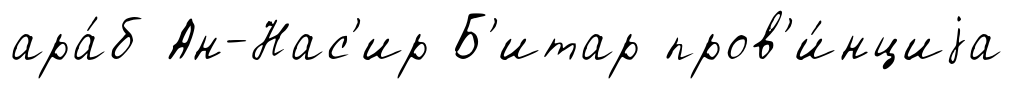
ара́б Ан-Нас'ир Б'итар пров'и́нциjа